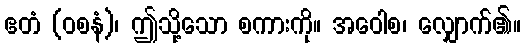
ဧတံ (ဝစနံ)၊ ဤသို့သော စကားကို။ အဝေါစ၊ လျှောက်၏။